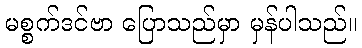
မစ္စက်ဒင်ဗာ ပြောသည်မှာ မှန်ပါသည်။